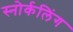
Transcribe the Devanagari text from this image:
स्‍नोर्कलिंग